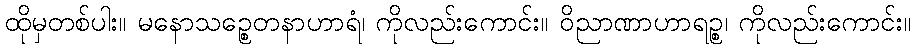
ထိုမှတစ်ပါး။ မနောသဉ္စေတနာဟာရံ၊ ကိုလည်းကောင်း။ ဝိညာဏာဟာရဉ္စ၊ ကိုလည်းကောင်း။